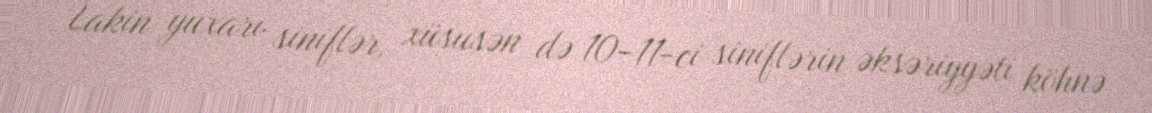
Lakin yuxarı siniflər, xüsusən də 10-11-ci siniflərin əksəriyyəti köhnə